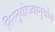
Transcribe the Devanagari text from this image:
निरनुयोज्यानुयोग